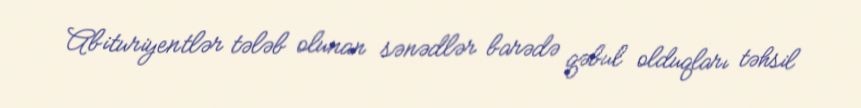
Abituriyentlər tələb olunan sənədlər barədə qəbul olduqları təhsil